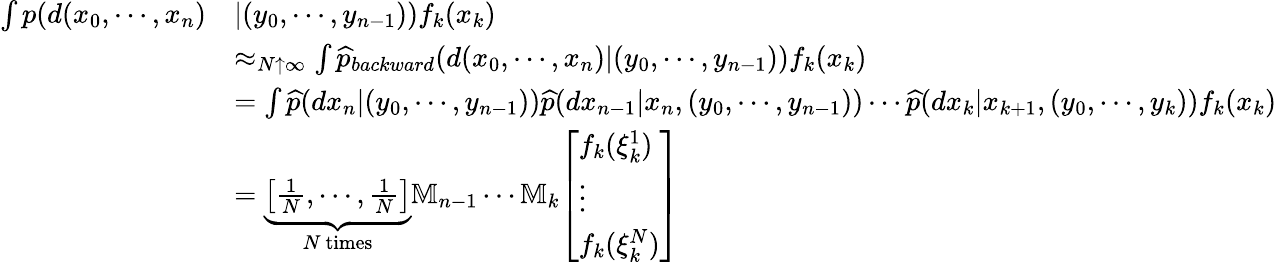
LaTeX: {\begin{array}{rl}{\int p(d(x_{0},\cdots,x_{n})}&{|(y_{0},\cdots,y_{n-1}))f_{k}(x_{k})}\\ &{\approx_{N\uparrow\infty}\int{\widehat{p}}_{backward}(d(x_{0},\cdots,x_{n})|(y_{0},\cdots,y_{n-1}))f_{k}(x_{k})}\\ &{=\int{\widehat{p}}(dx_{n}|(y_{0},\cdots,y_{n-1})){\widehat{p}}(dx_{n-1}|x_{n},(y_{0},\cdots,y_{n-1}))\cdots{\widehat{p}}(dx_{k}|x_{k+1},(y_{0},\cdots,y_{k}))f_{k}(x_{k})}\\ &{=\underbrace{\left[{\frac{1}{N}},\cdots,{\frac{1}{N}}\right]}_{N{\mathrm{~times}}}\mathbb{M}_{n-1}\cdots\mathbb{M}_{k}{\left[\begin{array}{l}{f_{k}(\xi_{k}^{1})}\\ {\vdots}\\ {f_{k}(\xi_{k}^{N})}\end{array}\right]}}\end{array}}